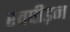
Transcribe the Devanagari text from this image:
स्वपीड़न